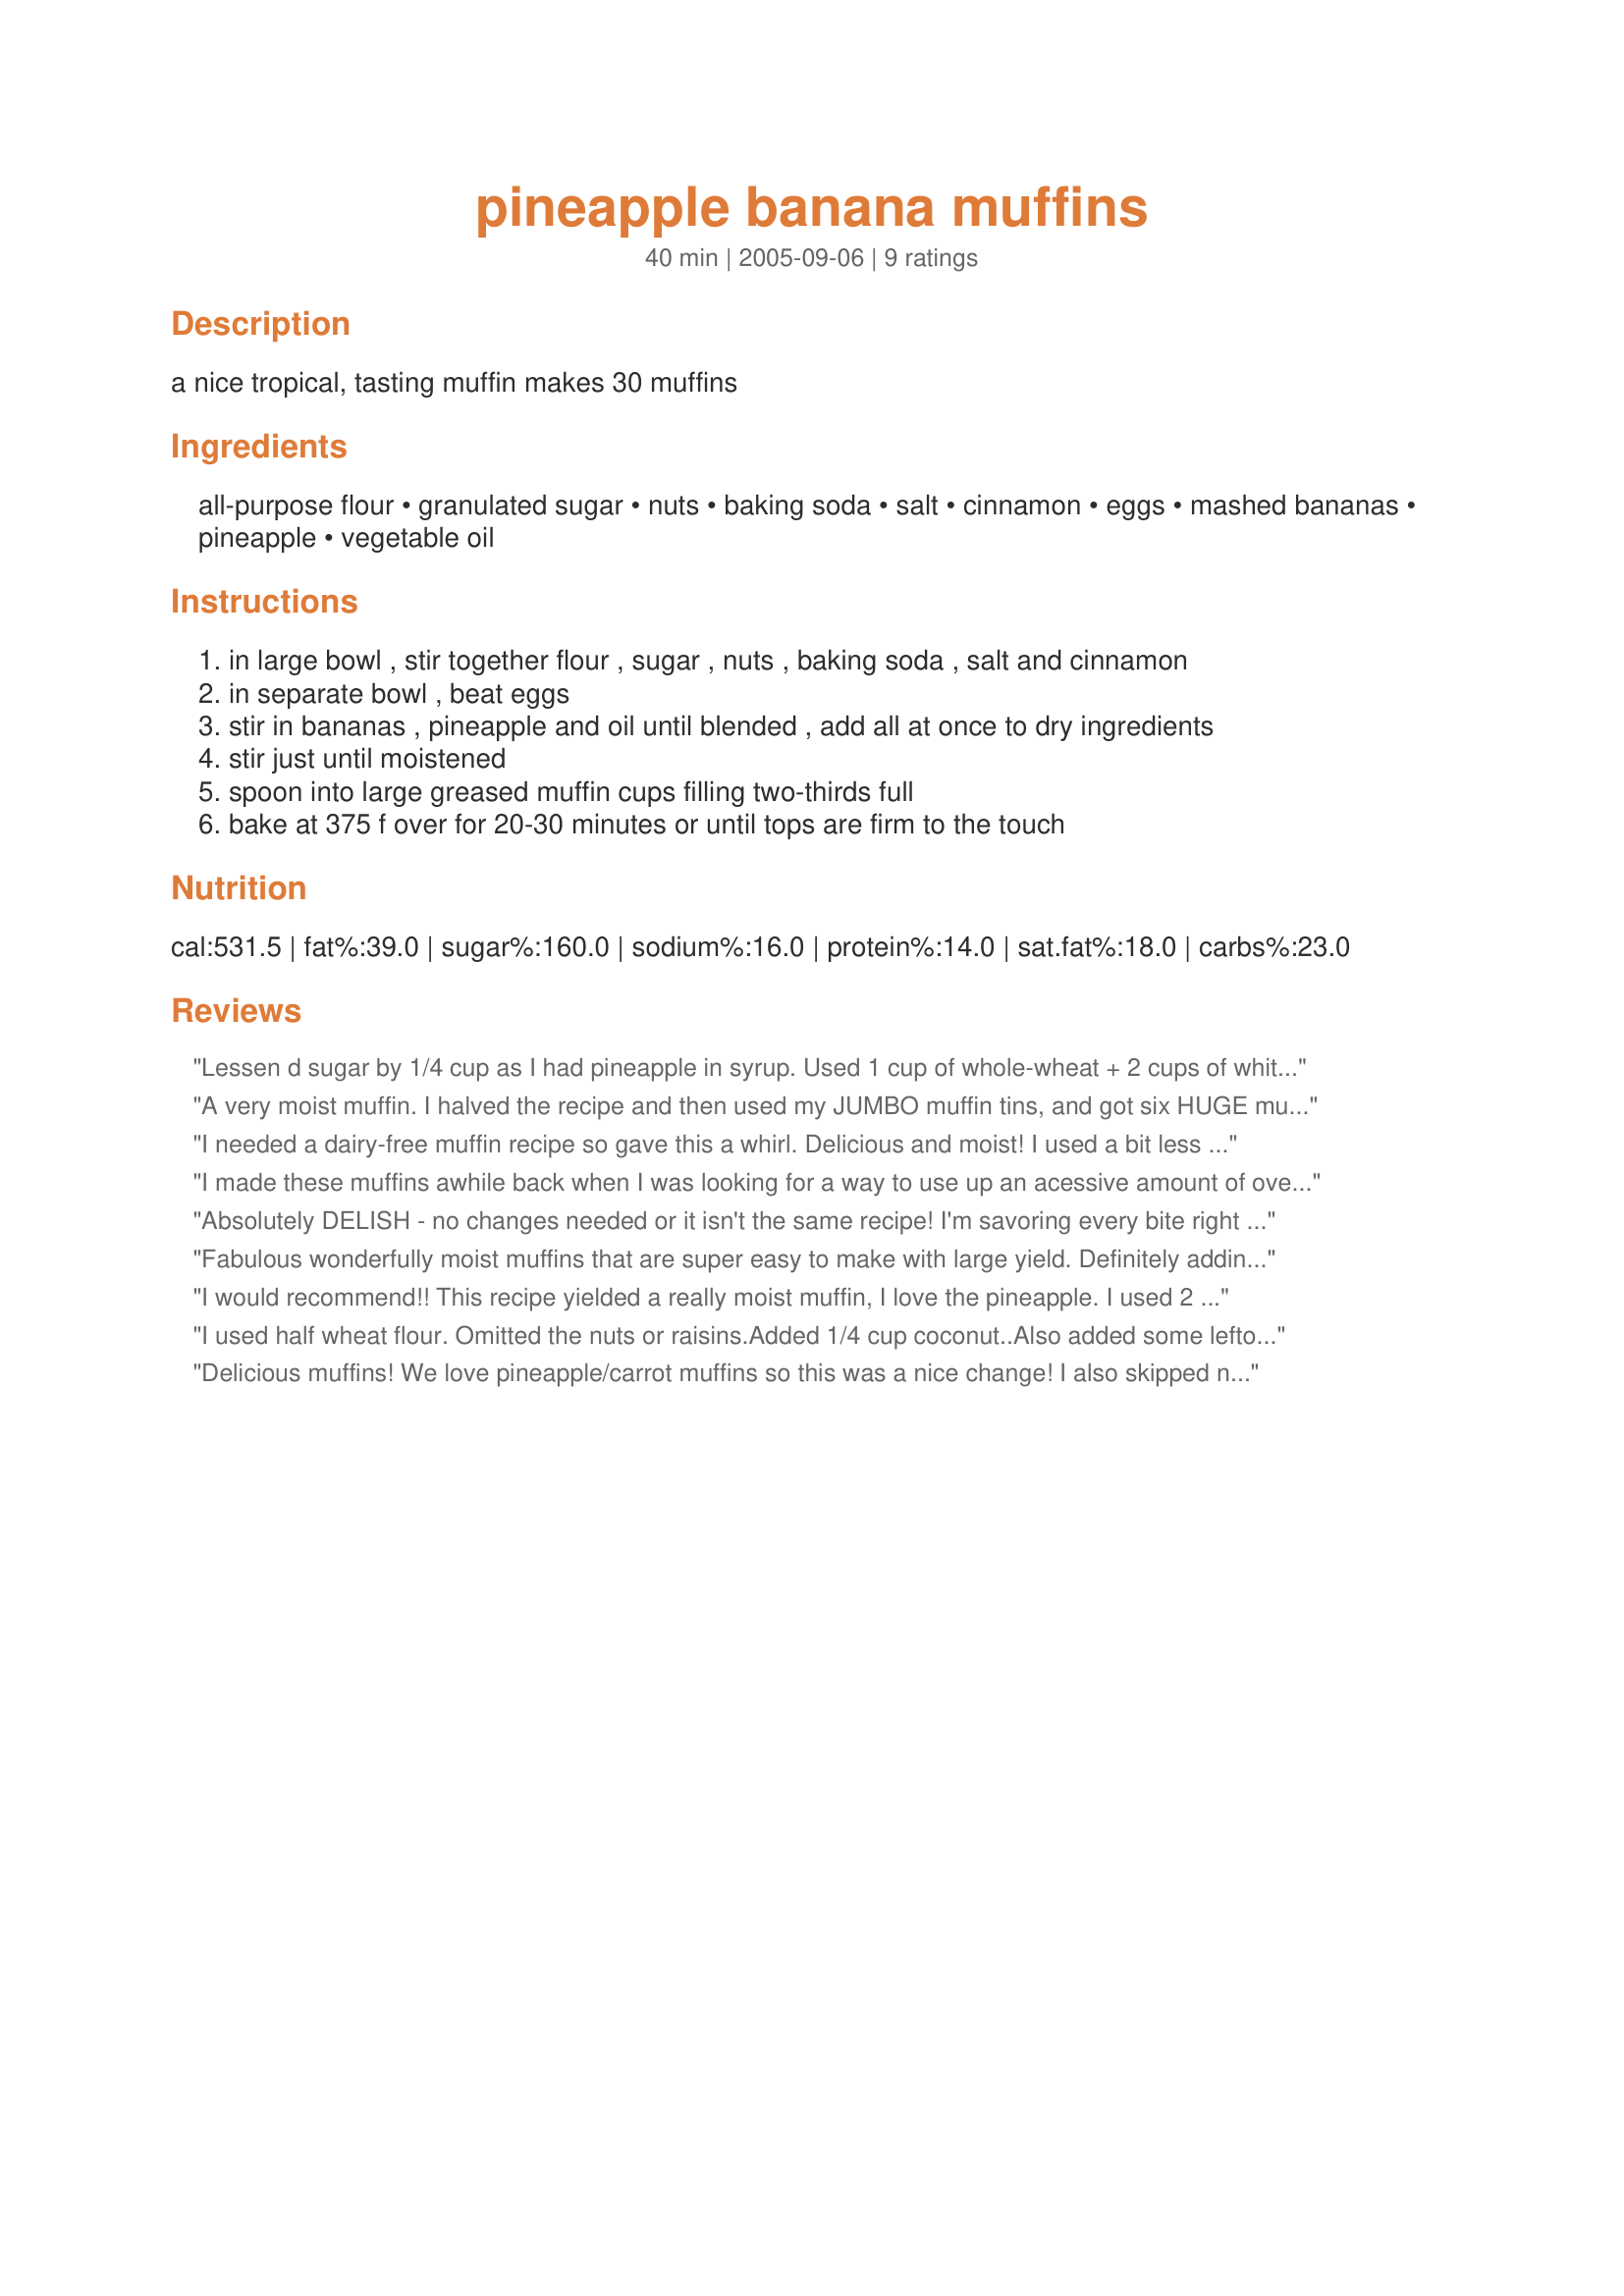
pineapple banana muffins
Preparation time: 40 minutes

a nice tropical, tasting muffin
makes 30 muffins

Ingredients:
all-purpose flour, granulated sugar, nuts, baking soda, salt, cinnamon, eggs, mashed bananas, pineapple, vegetable oil

Steps:
in large bowl , stir together flour , sugar , nuts , baking soda , salt and cinnamon
in separate bowl , beat eggs
stir in bananas , pineapple and oil until blended , add all at once to dry ingredients
stir just until moistened
spoon into large greased muffin cups filling two-thirds full
bake at 375 f over for 20-30 minutes or until tops are firm to the touch

Reviews:
Lessen d sugar by 1/4 cup as I had pineapple in syrup. Used 1 cup of whole-wheat + 2 cups of white flour, n replaced d vege oil with 1/2 cup coconut cooking oil n 1/2 cup extra virgin coconut oil. What a difference it made! Result - a delicious, moist, flavorful n tropical, aromatic muffins!! Definitely a must keep recipe!!
A very moist muffin. I halved the recipe and then used my JUMBO muffin tins, and got six HUGE muffins. I think I would use a little less oil next time, maybe half the oil and substitute pineapple juice for the rest of the oil, for a little more pinapple-ie flavor. All in all, a great muffin. Keep up the good cookin', Best Teen Chef!
I needed a dairy-free muffin recipe so gave this a whirl. Delicious and moist! I used a bit less sugar as i ran out, but am glad i did as they had a good level of sweetness. I also only used one egg (again, ran out!) and substituted a dash of extra oil... the recipe still turned out ??
I made these muffins awhile back when I was looking for a way to use up an acessive amount of over-ripe bananas I had in the freezer. These muffins are extremely moist and with the bananas, pineapple, and raisins they are definitely tropical tasting.
Absolutely DELISH - no changes needed or it isn't the same recipe! I'm savoring every bite right now and would highly recommend your recipe. I made 5 Jumbo Muffins (gave 2 to my neighbour) &amp; 1 big loaf. Thanks very much - this goes on Twitter!
Fabulous wonderfully moist muffins that are super easy to make with large yield. Definitely adding this recipe to my personal favorites recipe book I am creating for my children.??
I would recommend!! This recipe yielded a really moist muffin, I love the pineapple. I used 2 cups reg flour and 1 cup whole wheat. Next time I will use less sugar, I like a less sweet muffin for breakfast. The pineapple w/juice and sugar combination makes a sweet muffin.
I used half wheat flour. Omitted the nuts or raisins.Added 1/4 cup coconut..Also added some leftover madarin oranges chopped and drained. Very tasty..Made 4 mini loaves and 6 muffins...
Delicious muffins! We love pineapple/carrot muffins so this was a nice change! I also skipped nuts/raisins, but these still turned out wonderful and moist. I baked them at 350 and they only needed 20 mins. Thanks for sharing a great recipe!
